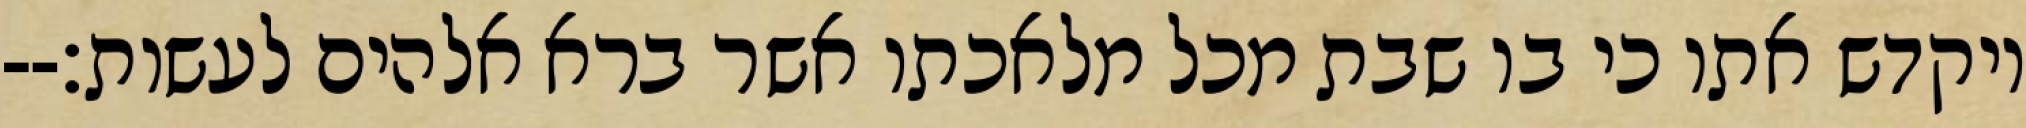
ויקדש אתו כי בו שבת מכל מלאכתו אשר ברא אלהים לעשות׃--